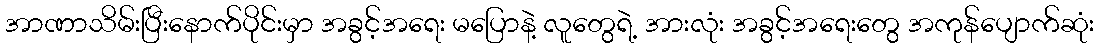
အာဏာသိမ်းပြီးနောက်ပိုင်းမှာ အခွင့်အရေး မပြောနဲ့ လူတွေရဲ့ အားလုံး အခွင့်အရေးတွေ အကုန်ပျောက်ဆုံး